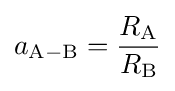
a_{\mathrm {A-B} }={\frac {R_{\mathrm {A} }}{R_{\mathrm {B} }}}